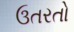
ઉતરતો